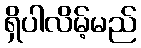
ရှိပါလိမ့်မည်